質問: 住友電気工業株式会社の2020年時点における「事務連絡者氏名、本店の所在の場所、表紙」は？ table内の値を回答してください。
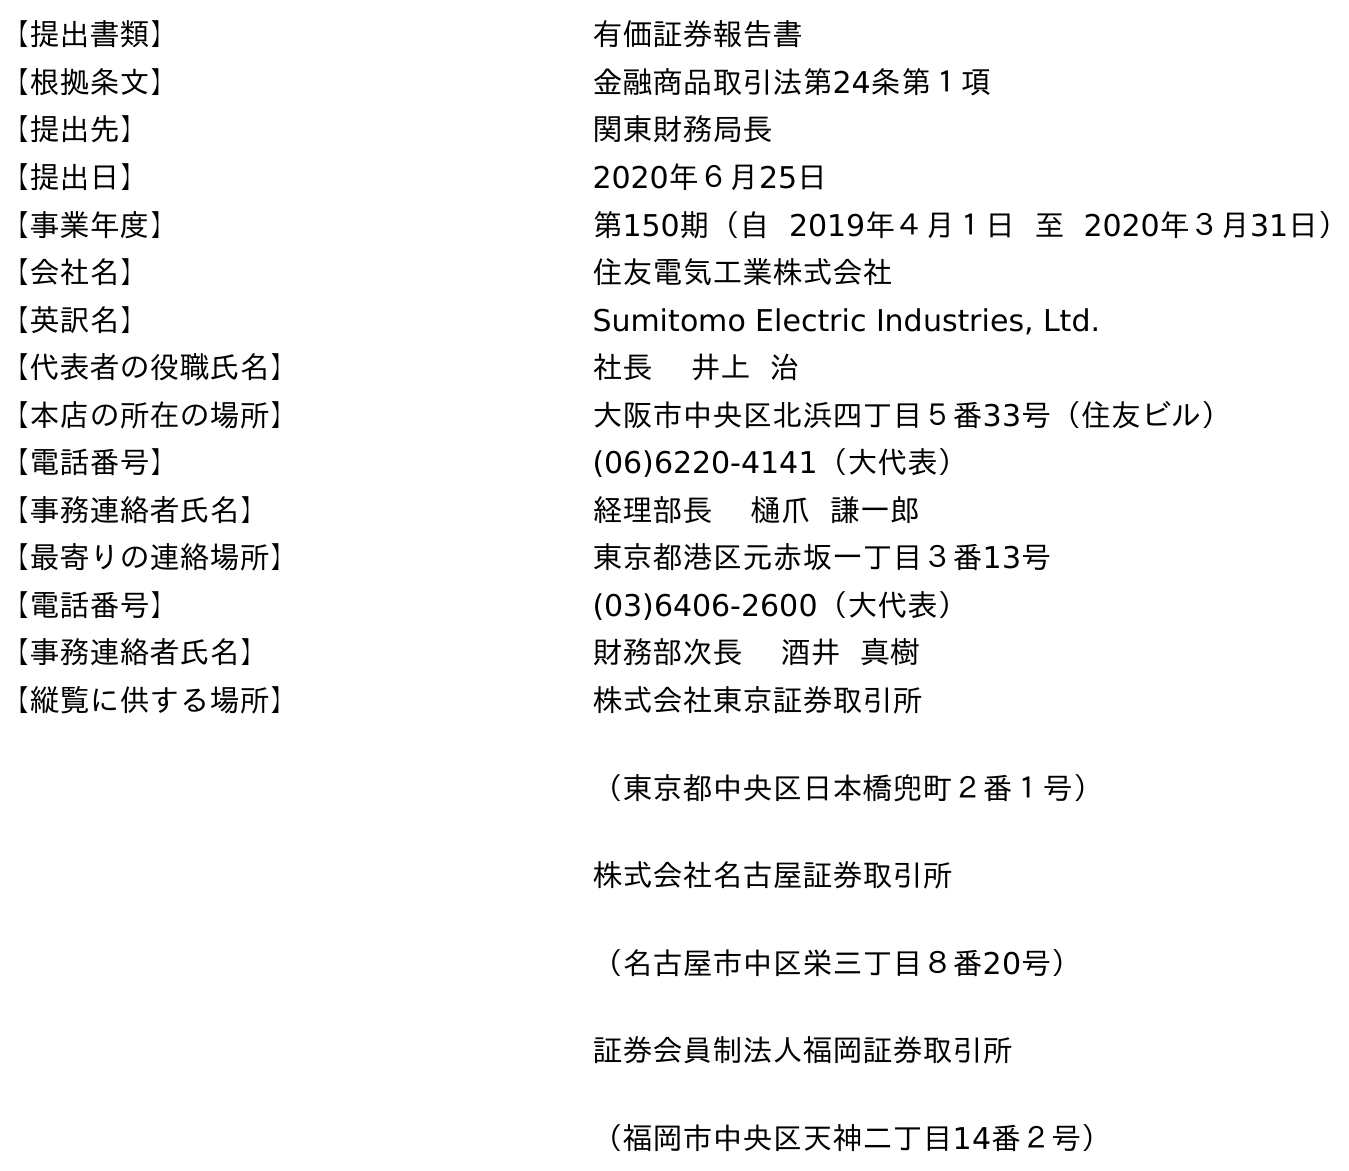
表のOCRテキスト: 【提出書類】 有価証券報告書 【根拠条文】 金融商品取引法第24条第１項 【提出先】 関東財務局長 【提出日】 2020年６月25日 【事業年度】 第150期（自 2019年４月１日 至 2020年３月31日） 【会社名】 住友電気工業株式会社 【英訳名】 Sumitomo Electric Industries, Ltd. 【代表者の役職氏名】 社長 井上 治 【本店の所在の場所】 大阪市中央区北浜四丁目５番33号（住友ビル） 【電話番号】 (06)6220-4141（大代表） 【事務連絡者氏名】 経理部長 樋爪 謙一郎 【最寄りの連絡場所】 東京都港区元赤坂一丁目３番13号 【電話番号】 (03)6406-2600（大代表） 【事務連絡者氏名】 財務部次長 酒井 真樹 【縦覧に供する場所】 株式会社東京証券取引所 （東京都中央区日本橋兜町２番１号） 株式会社名古屋証券取引所 （名古屋市中区栄三丁目８番20号） 証券会員制法人福岡証券取引所 （福岡市中央区天神二丁目14番２号）
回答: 経理部長樋爪謙一郎